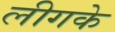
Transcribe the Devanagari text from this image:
लीगके